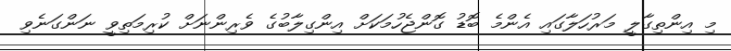
މި އިންތިގާލީ މަރުހަލާގައި އެންމެ ބޮޑު ގޮންޖެހުމަކަށް އިންގިލާބުގެ ވެރިންނަށް ކުރިމަތިވީ ނަންގަނެވި